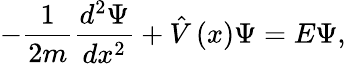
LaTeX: -\frac 1{2m}\frac{d^{2}\Psi}{dx^{2}}+\hat{V}\left(x\right)\Psi=E\Psi,